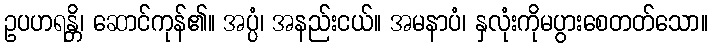
ဥပဟရန္တိ၊ ဆောင်ကုန်၏။ အပ္ပံ၊ အနည်းငယ်။ အမနာပံ၊ နှလုံးကိုမပွားစေတတ်သော။